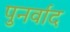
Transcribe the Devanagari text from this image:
पुनर्वाद